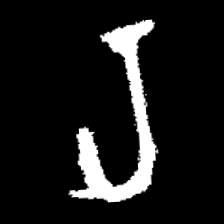
Pyu character \u2014 Myanmar letter: ရ (romanized: ra)